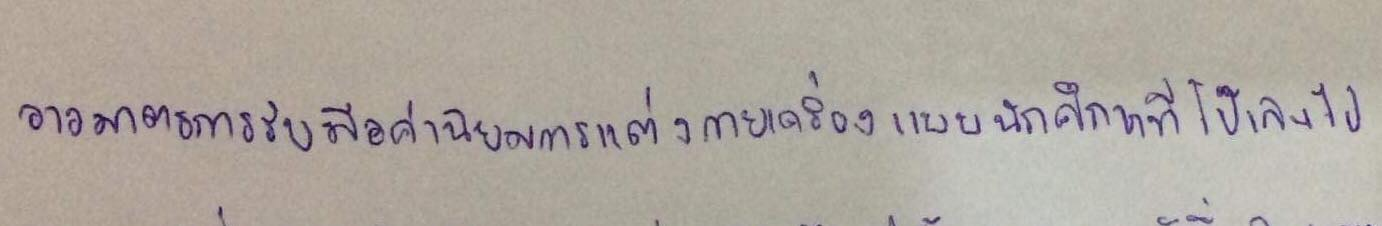
วางมาตรการรับมือค่านิยมการแต่งกายเครื่องแบบนักศึกษาที่โป๊เกินไป